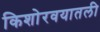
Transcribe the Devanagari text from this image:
किशोरवयातली